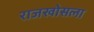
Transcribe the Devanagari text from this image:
राजखोसला